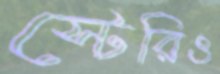
স্টেরিও